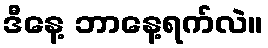
ဒီနေ့ ဘာနေ့ရက်လဲ။